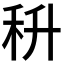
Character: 𮂶